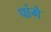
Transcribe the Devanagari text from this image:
पांगे